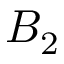
B _ { 2 }